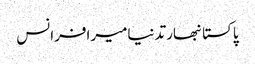
پاکستانبھارتدنیامیرافرانس